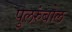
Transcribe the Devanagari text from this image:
पुलरुंबोल